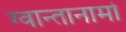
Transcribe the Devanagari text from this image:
ग्वान्तानामो